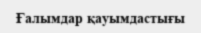
Ғалымдар қауымдастығы